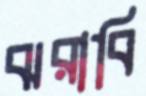
ঝরাবি